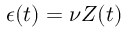
\epsilon ( t ) = \nu Z ( t )